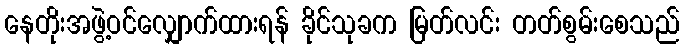
နေတိုးအဖွဲ့ဝင်လျှောက်ထားရန် ခိုင်သုခက မြတ်လင်း တတ်စွမ်းစေသည်